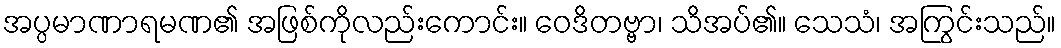
အပ္ပမာဏာရမဏ၏ အဖြစ်ကိုလည်းကောင်း။ ဝေဒိတဗ္ဗာ၊ သိအပ်၏။ သေသံ၊ အကြွင်းသည်။